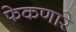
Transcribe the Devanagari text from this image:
फेकणारे